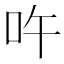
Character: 吘